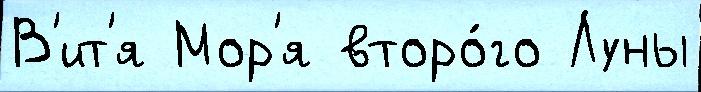
В'ит'я Мор'я второ́го Луны